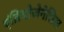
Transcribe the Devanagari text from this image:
एंब्रियोजेनेसिस